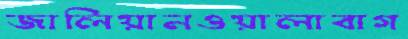
জালিয়ানওয়ালাবাগ